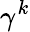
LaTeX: \gamma^{k}